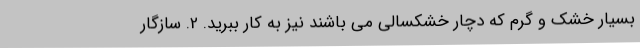
بسیار خشک و گرم که دچار خشکسالی می باشند نیز به کار ببرید. 2. سازگار